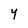
Character: y